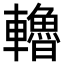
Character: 𨏗